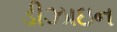
ડીઝાઇન